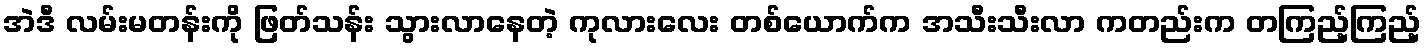
အဲဒီ လမ်းမတန်းကို ဖြတ်သန်း သွားလာနေတဲ့ ကုလားလေး တစ်ယောက်က အသီးသီးလာ ကတည်းက တကြည့်ကြည့်